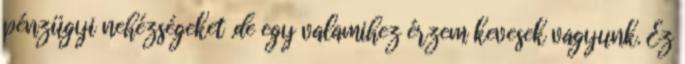
pénzügyi nehézségeket .de egy valamihez érzem kevesek vagyunk. Ez